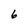
Character: 6